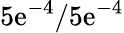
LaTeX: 5\mathrm{e}^{-4}/5\mathrm{e}^{-4}